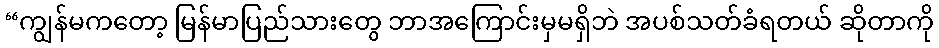
“ကျွန်မကတော့ မြန်မာပြည်သားတွေ ဘာအကြောင်းမှမရှိဘဲ အပစ်သတ်ခံရတယ် ဆိုတာကို